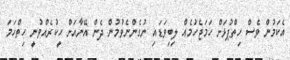
އެކަމުން ވެސް ހިތްޕުޅަށް ހަމަޖެހުމެއް ލިބިވަޑައި ނުގެންނެވުމުން ދެން އޭނާއަށް ހީކުރެއްވުނީ ހިތްހަމަ